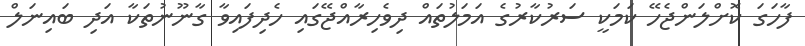
ފާހަގަ ކޮށްލަންޖެހޭ ކަމަކީ ސަރުކާރުގެ އަމަލުތައް ދިވެހިރާއްޖޭގައި ހެދިފައިވާ ގާނޫނުތަކާ އަދި ބައިނަލް